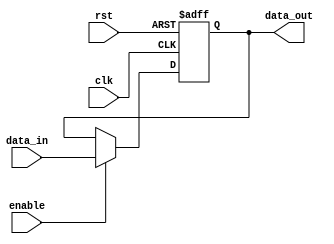
module variable_width_bypass_register(
    input wire clk,
    input wire rst,
    input wire enable,
    input wire [7:0] data_in,
    output reg [7:0] data_out
);

reg [7:0] shift_reg;

always @(posedge clk or posedge rst) begin
    if (rst) begin
        shift_reg <= 8'b0;
    end else if (enable) begin
        shift_reg <= data_in;
    end
end

assign data_out = shift_reg;

endmodule